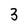
Character: 3